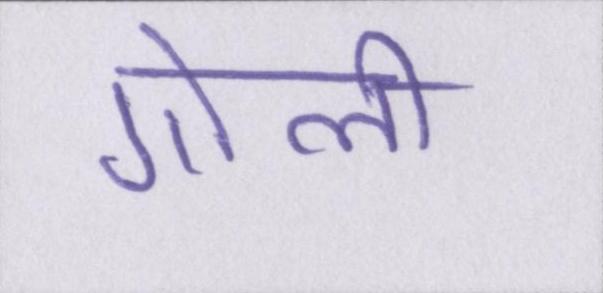
गोली